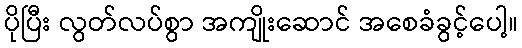
ပိုပြီး လွတ်လပ်စွာ အကျိုးဆောင် အစေခံခွင့်ပေါ့။